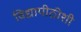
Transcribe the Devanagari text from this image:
विद्यापीठीशी